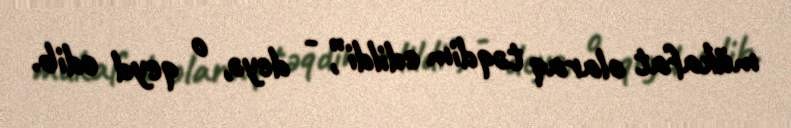
mükafat olaraq təqdim edildi”, - deyə, o qeyd edib.